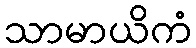
သာမာယိကံ